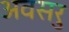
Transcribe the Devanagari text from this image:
अवसरु